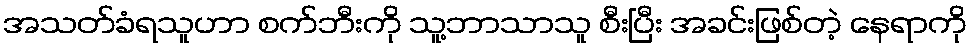
အသတ်ခံရသူဟာ စက်ဘီးကို သူ့ဘာသာသူ စီးပြီး အခင်းဖြစ်တဲ့ နေရာကို